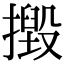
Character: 𢶙